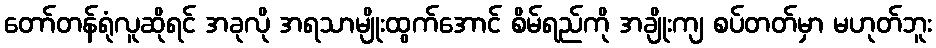
တော်တန်ရုံလူဆိုရင် အခုလို အရသာမျိုးထွက်အောင် စိမ်ရည်ကို အချိုးကျ စပ်တတ်မှာ မဟုတ်ဘူး